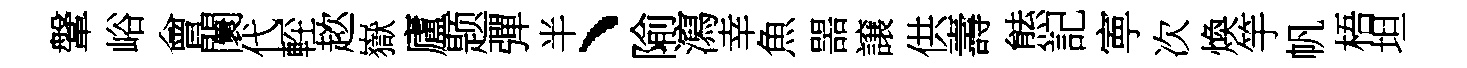
鞶峪會闤代䡖趑嶽廬题彈半、隃瀉幸魚噐譲供壽㷱記寕次煥竽帆梧坦